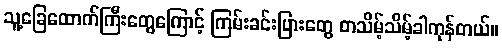
သူ့ခြေထောက်ကြီးတွေကြောင့် ကြမ်းခင်းပြားတွေ တသိမ့်သိမ့်ခါကုန်တယ်။